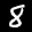
Label: 8